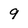
Character: 9